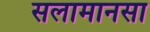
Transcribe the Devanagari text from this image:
सलामानसा